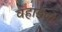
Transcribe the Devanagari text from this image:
वहाडणे